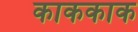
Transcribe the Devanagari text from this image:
काककाक